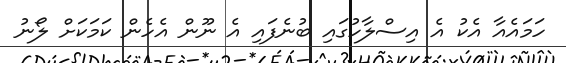
ހަމައެއާ އެކު އެ އިސްލާހުގައި ބުނެފައި އެ ނޫން އެހެން ކަމަކަށް ލޯނު